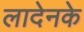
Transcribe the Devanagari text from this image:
लादेनके